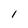
Character: 1